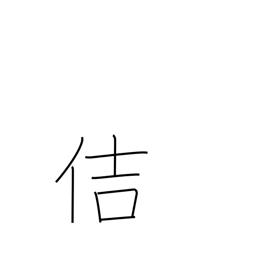
Meaning: healthy